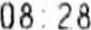
08:28